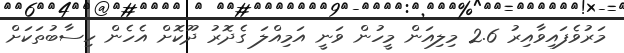
މަރުވެފައިވާއިރު 2.6 މިލިއަން މީހުން ވަނީ އަމިއްލަ ގެދޮރު ދޫކޮށް އެހެން ހިސާބުތަކަށް